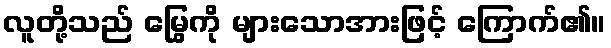
လူတို့သည် မြွေကို များသောအားဖြင့် ကြောက်၏။